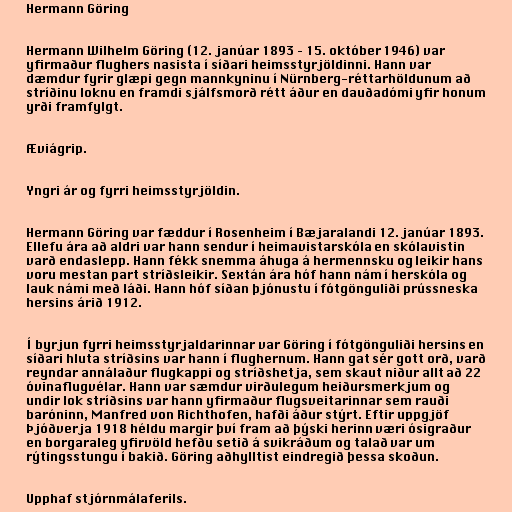
Hermann Göring

Hermann Wilhelm Göring (12. janúar 1893 – 15. október 1946) var
yfirmaður flughers nasista í síðari heimsstyrjöldinni. Hann var
dæmdur fyrir glæpi gegn mannkyninu í Nürnberg-réttarhöldunum að
stríðinu loknu en framdi sjálfsmorð rétt áður en dauðadómi yfir honum
yrði framfylgt.

Æviágrip.

Yngri ár og fyrri heimsstyrjöldin.

Hermann Göring var fæddur í Rosenheim í Bæjaralandi 12. janúar 1893.
Ellefu ára að aldri var hann sendur í heimavistarskóla en skólavistin
varð endaslepp. Hann fékk snemma áhuga á hermennsku og leikir hans
voru mestan part stríðsleikir. Sextán ára hóf hann nám í herskóla og
lauk námi með láði. Hann hóf síðan þjónustu í fótgönguliði prússneska
hersins árið 1912.

Í byrjun fyrri heimsstyrjaldarinnar var Göring í fótgönguliði hersins en
síðari hluta stríðsins var hann í flughernum. Hann gat sér gott orð, varð
reyndar annálaður flugkappi og stríðshetja, sem skaut niður allt að 22
óvinaflugvélar. Hann var sæmdur virðulegum heiðursmerkjum og
undir lok stríðsins var hann yfirmaður flugsveitarinnar sem rauði
baróninn, Manfred von Richthofen, hafði áður stýrt. Eftir uppgjöf
Þjóðverja 1918 héldu margir því fram að þýski herinn væri ósigraður
en borgaraleg yfirvöld hefðu setið á svikráðum og talað var um
rýtingsstungu í bakið. Göring aðhylltist eindregið þessa skoðun.

Upphaf stjórnmálaferils.